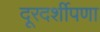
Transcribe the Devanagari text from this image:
दूरदर्शीपणा